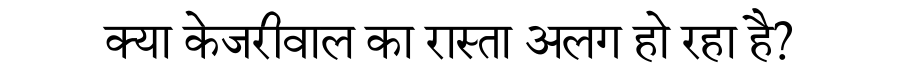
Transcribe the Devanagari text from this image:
क्या केजरीवाल का रास्ता अलग हो रहा है?